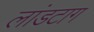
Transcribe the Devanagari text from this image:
लांडटाग